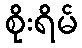
စိုးရိမ်